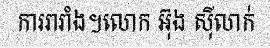
ការរារាំង។លោក អ៊ុង ស៊ីលាក់